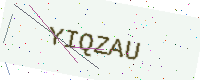
Text: YIQZAU